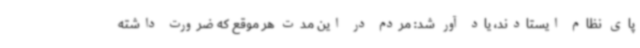
پای نظام ایستادند، یاد آور شد: مردم در این مدت هر موقع که ضرورت داشته